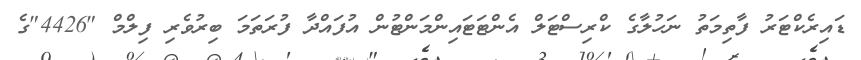
ޑައިރެކްޓަރު ފާތިމަތު ނަހުލާގެ ކްރިސްޓަލް އެންޓަޓައިންމަންޓުން އުފައްދާ ފުރަތަމަ ބިރުވެރި ފިލްމް "4426"ގެ